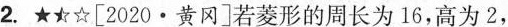
2.★★☆[2020·黄冈]若菱形的周长为16，高为2，